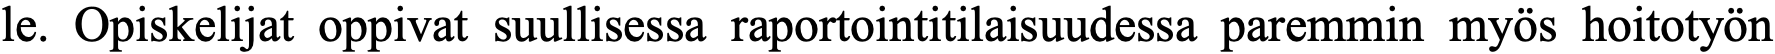
le. Opiskelijat oppivat suullisessa raportointitilaisuudessa paremmin myös hoitotyön